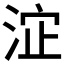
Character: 𱦬